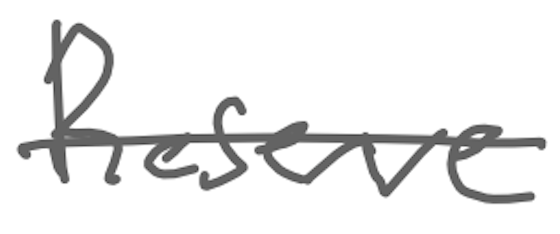
Text: Reserve
Cross-out: single-line
Writing tool: digital_gray